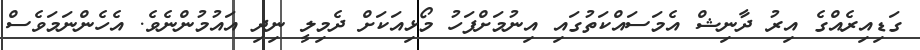
ގަޑިއިރެއްގެ އިރު ދާނިޝް އެމަސައްކަތުގައި އިނުމަށްފަހު މޯޅިއަކަށް ދެމިލީ ނިދި އައުމުންނެވެ. އެހެންނަމަވެސް